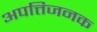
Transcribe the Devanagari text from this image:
अपत्तिजनक